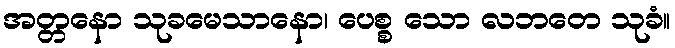
အတ္တနော သုခမေသာနော၊ ပေစ္စ သော လဘတေ သုခံ။